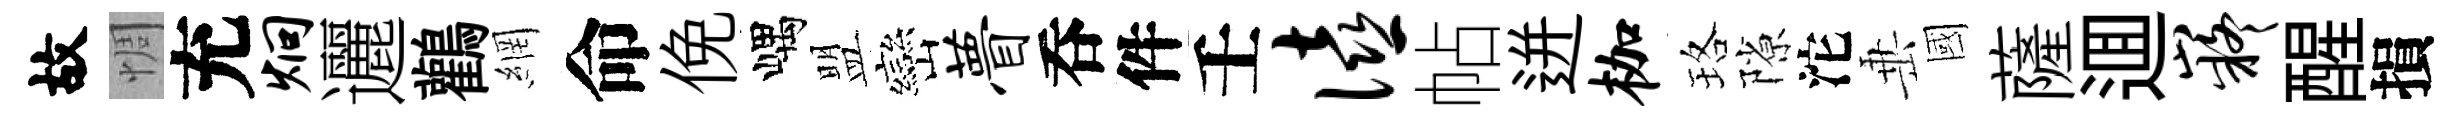
故惆充炯邐鸛網命俛嵎盟巒瞢呑件壬僖帖迸枷珞隙沱𡸁國薩逥嶷醒損